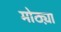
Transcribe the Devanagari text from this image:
मोठ्य़ा